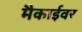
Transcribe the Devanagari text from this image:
मैकाईवर